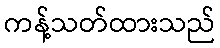
ကန့်သတ်ထားသည်